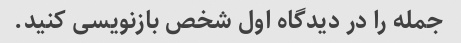
جمله را در دیدگاه اول شخص بازنویسی کنید.